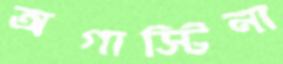
অগাস্টিনা